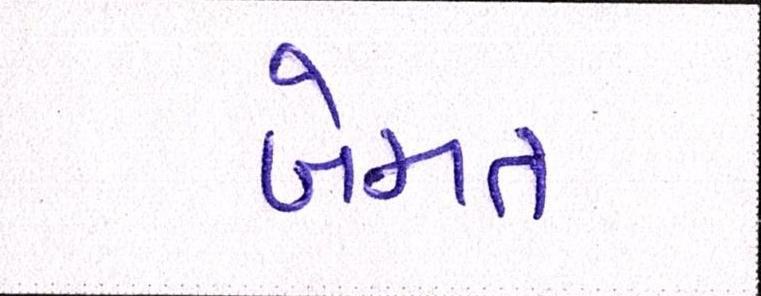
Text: બેમત